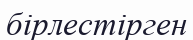
бірлестірген